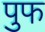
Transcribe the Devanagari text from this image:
पुफ